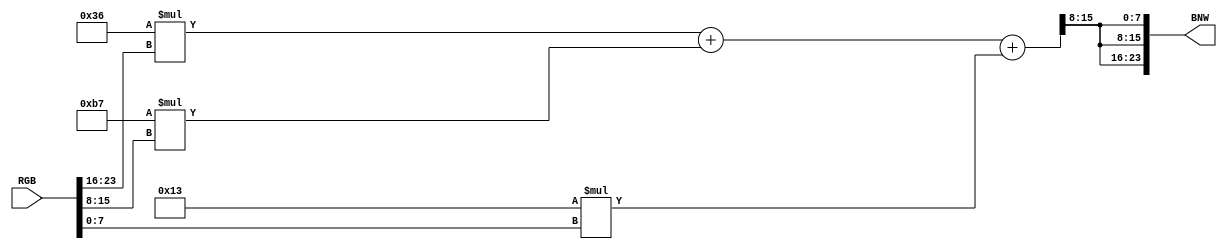
module Gray(RGB, BNW);
	input  [23:0] RGB;
	output [23:0] BNW;

	wire [7:0] R;
	wire [7:0] G;
	wire [7:0] B;
	wire [7:0] Scale;
	assign R = RGB[23:16];
	assign G = RGB[15:8];
	assign B = RGB[7:0];
	assign BNW = {Scale,Scale,Scale};
	assign Scale = (54*R + 183*G + 19*B) >> 8;
endmodule